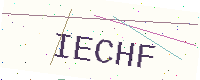
Text: IECHF